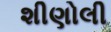
શીણોલી